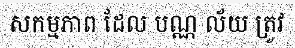
សកម្មភាព ដែល បណ្ណ ល័យ ត្រូវ